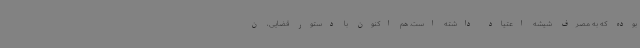
بوده که به مصرف شیشه اعتیاد داشته است. هم اکنون با دستور قضایی، ن